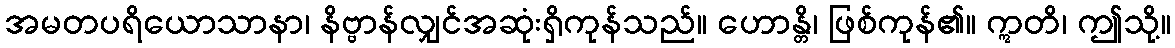
အမတပရိယောသာနာ၊ နိဗ္ဗာန်လျှင်အဆုံးရှိကုန်သည်။ ဟောန္တိ၊ ဖြစ်ကုန်၏။ ဣတိ၊ ဤသို့။